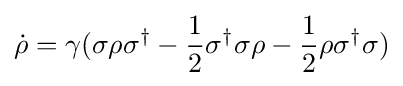
{\dot {\rho }}=\gamma (\sigma \rho \sigma ^{\dagger }-{\frac {1}{2}}\sigma ^{\dagger }\sigma \rho -{\frac {1}{2}}\rho \sigma ^{\dagger }\sigma )